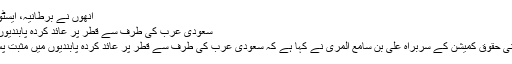
انھوں نے برطانیہ، ایسٹونیا، یوکرین،سلو ونیا
سعودی عرب کی طرف سے قطر پر عائد کردہ پابندیوں میں مثبت پس قدمی
قطر: قطر قومی انسانی حقوق کمیشن کے سربراہ علی بن سامع المری نے کہا ہے کہ سعودی عرب کی طرف سے قطر پر عائد کردہ پابندیوں میں مثبت پس قدمی کی گئی ہے۔